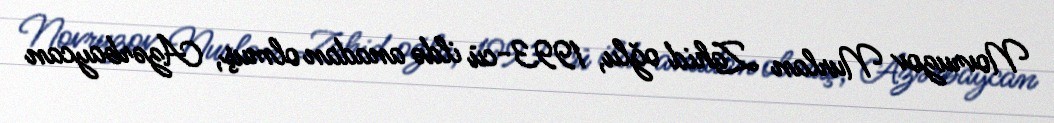
Novruzov Nurlan Zahid oğlu, 1993-cü ildə anadan olmuş, Azərbaycan